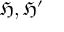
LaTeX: { \mathfrak { H } } , { \mathfrak { H } } ^ { \prime }